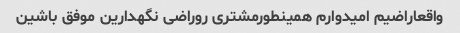
واقعاراضیم امیدوارم همینطورمشتری روراضی نگهدارین موفق باشین